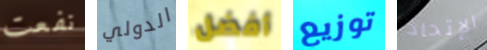
نفعت الدولي أفضل توزيع الإتحاد